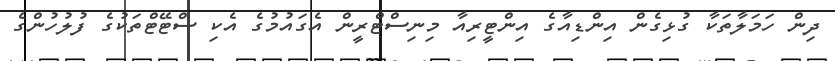
ދިން ހަމަލާތަކާ ގުޅިގެން އިންޑިއާގެ އިންޓީރިއާ މިނިސްޓްރީން އެގައުމުގެ އެކި ސްޓޭޓްތަކުގެ ފުލުހުންގެ